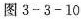
图 3-3-10